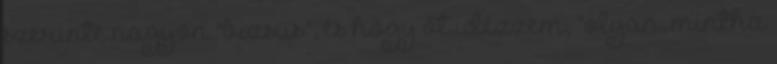
szerinte nagyon "bizsus", és hogy őt idézzem, "olyan, mintha